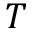
T